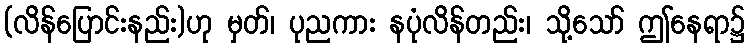
(လိန်ပြောင်းနည်း)ဟု မှတ်၊ ပုညကား နပုံလိန်တည်း၊ သို့သော် ဤနေရာ၌